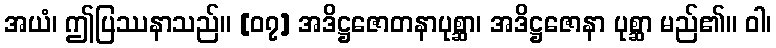
အယံ၊ ဤပြဿနာသည်။ [၀၇] အဒိဋ္ဌဇောတနာပုစ္ဆာ၊ အဒိဋ္ဌဇောနာ ပုစ္ဆာ မည်၏။ ဝါ၊